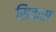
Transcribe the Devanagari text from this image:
सिकस